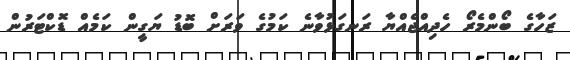
ޒަހާގެ ބޯންމެރޯ ހެދިއްޖެއްޔާ ރަނގަޅުވާނެ ކަމުގެ ވަރަށް ބޮޑު ޔަގީން ކަމެއް ޑޮކްޓަރުން